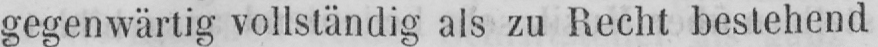
gegenwärtig vollständig als zu Recht bestehend